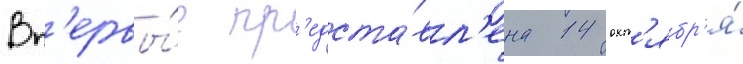
Вп'ервы́е пр'едста́вл'ена 14 окт'ябр'я́